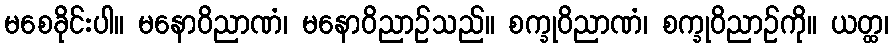
မစေခိုင်းပါ။ မနောဝိညာဏံ၊ မနောဝိညာဉ်သည်။ စက္ခုဝိညာဏံ၊ စက္ခုဝိညာဉ်ကို။ ယတ္ထ၊